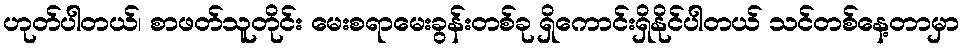
ဟုတ်ပါတယ်၊ စာဖတ်သူတိုင်း မေးစရာမေးခွန်းတစ်ခု ရှိကောင်းရှိနိုင်ပါတယ် သင်တစ်နေ့တာမှာ